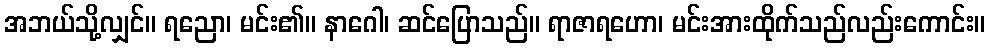
အဘယ်သို့လျှင်။ ရညော၊ မင်း၏။ နာဂေါ၊ ဆင်ပြောသည်။ ရာဇာရဟော၊ မင်းအားထိုက်သည်လည်းကောင်း။